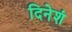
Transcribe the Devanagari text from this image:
दिनेशं